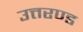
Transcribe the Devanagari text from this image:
उत्तरण्ड